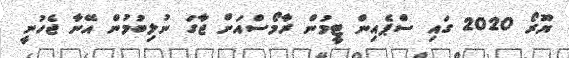
ޔޫރޯ 2020 ގައި ސްޕެއިން ޓީމުން ރާމޯސްއަށް ޖާގަ ނުލިބުމުން އޭނާ ޖެހުނީ